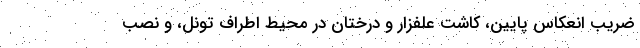
ضریب انعکاس پایین، کاشت علفزار و درختان در محیط اطراف تونل، و نصب